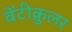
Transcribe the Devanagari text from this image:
वेंटीक्रुलर